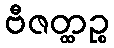
ဗီဇတ္ထဉ္စ